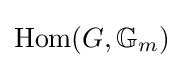
\operatorname {Hom} (G,\mathbb {G} _{m})